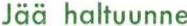
Jää haltuunne